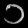
Digit: ၁